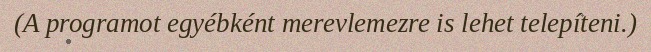
(A programot egyébként merevlemezre is lehet telepíteni.)